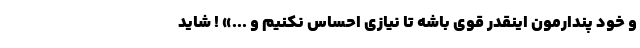
و خود پندارمون اینقدر قوی باشه تا نیازی احساس نکنیم و ...» ! شاید